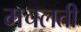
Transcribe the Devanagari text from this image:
मचलती